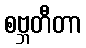
စဗ္ဘတီတာ